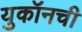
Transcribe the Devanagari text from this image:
युकॉनची